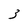
Character: 3